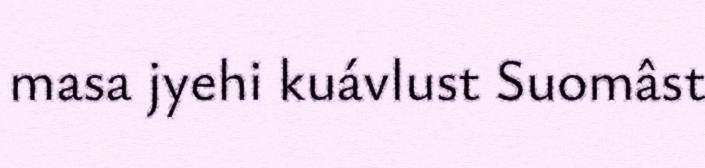
masa jyehi kuávlust Suomâst